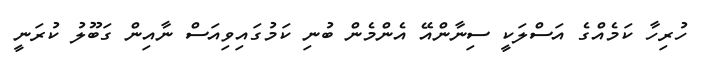
ހުރިހާ ކަމެއްގެ އަސްލަކީ ސިނާންއޭ އެންމެން ބުނި ކަމުގައިވިއަސް ނާއިން ގަބޫލު ކުރަނީ